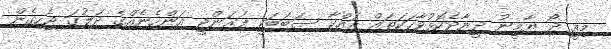
މިއީ ދޯ ޔާމީނު ދީނާދެކޮޅުވާހަކަތައް ދައްކާ ސަބަބަކީ ފަރަންޖީ އަންހެނެއްގެ ދަލުގަ ޖެހިގެން